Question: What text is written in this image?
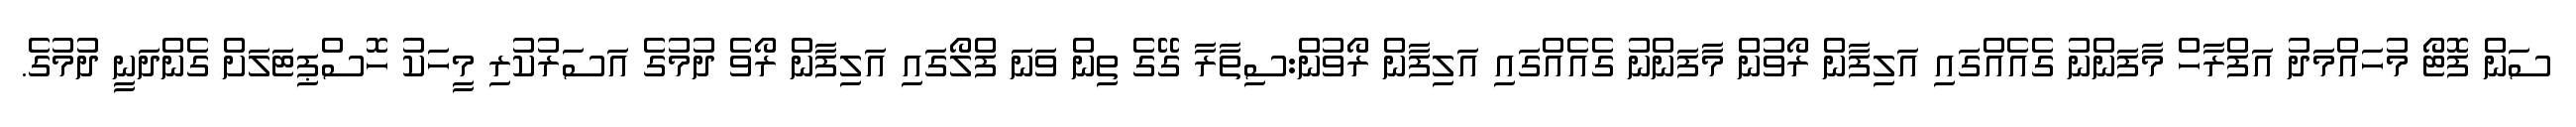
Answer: ސަން ފޮޓޯ މުހައްމަދު އަފްރާހް މާފަންނު ގެއެއްގައި އަލިފާން ރޯވުން މާފަންނު ގެއެއްގައި އަލިފާން ރޯވުން:ސިތާރާ ގޭގެ ތިން ވަނަ ފްލޯގައި އަލިފާން ރޯވެ ދުމުގެ އަސަރުކުރި މީހަކު ހޮސްޕިޓަލަށް ގެންދަނީ ދުމުގެ.